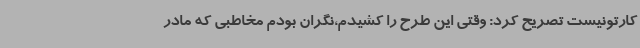
کارتونیست تصریح کرد: وقتی این طرح را کشیدم،نگران بودم مخاطبی که مادر